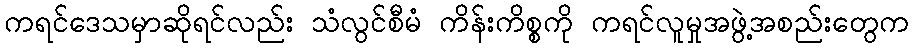
ကရင်ဒေသမှာဆိုရင်လည်း သံလွင်စီမံ ကိန်းကိစ္စကို ကရင်လူမှုအဖွဲ့အစည်းတွေက